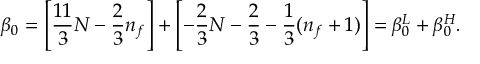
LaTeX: \beta _ { 0 } = \left[ \frac { 1 1 } { 3 } N - \frac { 2 } { 3 } n _ { f } \right] + \left[ - \frac { 2 } { 3 } N - \frac { 2 } { 3 } - \frac { 1 } { 3 } ( n _ { f } + 1 ) \right] = \beta _ { 0 } ^ { L } + \beta _ { 0 } ^ { H } .